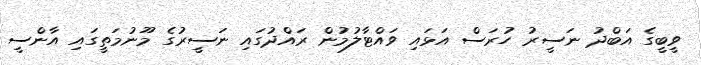
ވީބީގެ އަބްދު ނަސީރު ހުރަސް އަޅައި ވައްޓާލުމުން ރައްދުގައި ނަސީރުގެ މޫނުމަތީގައި އާންސީ